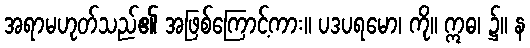
အရာမဟုတ်သည်၏ အဖြစ်ကြောင့်ကား။ ပဒပရမော၊ ကို။ ဣဓ၊ ၌။ န